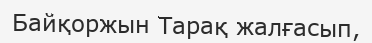
Байқоржын Тарақ жалғасып,